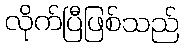
လိုက်ပြီဖြစ်သည်